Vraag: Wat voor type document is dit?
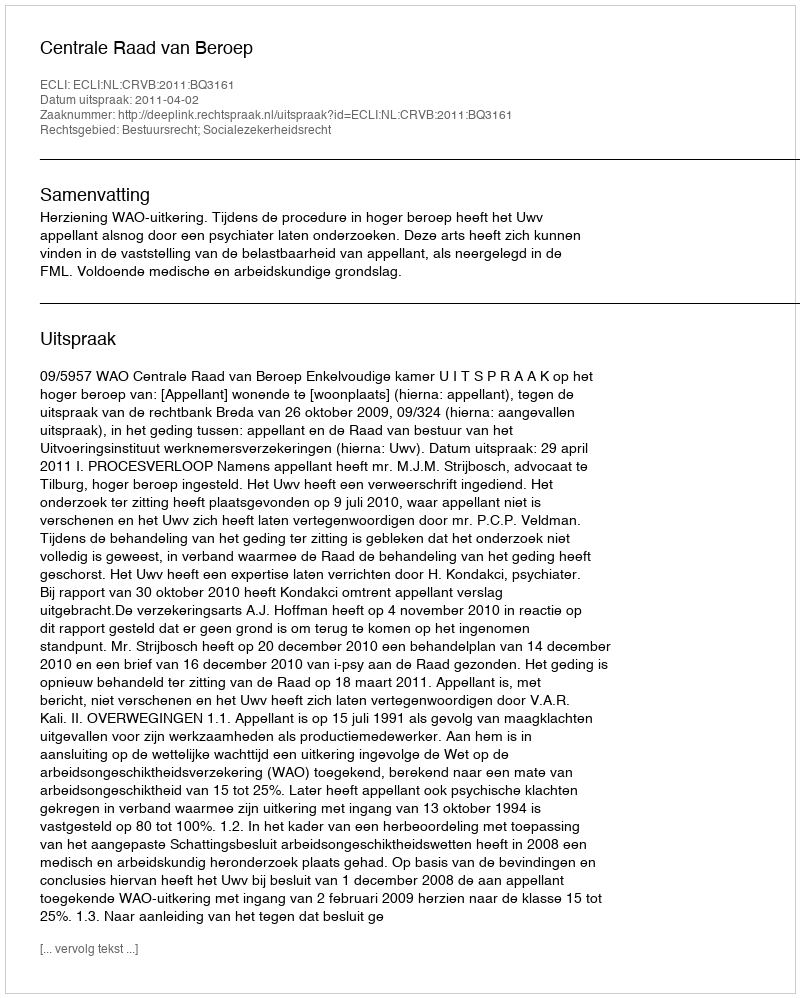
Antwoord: Uitspraak